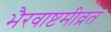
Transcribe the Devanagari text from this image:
भैरवाष्टमीव्रत